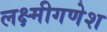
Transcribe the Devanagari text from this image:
लक्ष्मीगणेश